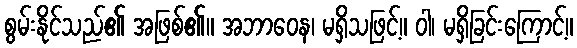
စွမ်းနိုင်သည်၏ အဖြစ်၏။ အဘာဝေန၊ မရှိသဖြင့်။ ဝါ၊ မရှိခြင်းကြောင့်။